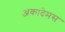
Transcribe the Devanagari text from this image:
अकादेमस